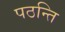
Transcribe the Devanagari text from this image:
पठन्ति